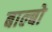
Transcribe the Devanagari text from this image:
बाल्बो